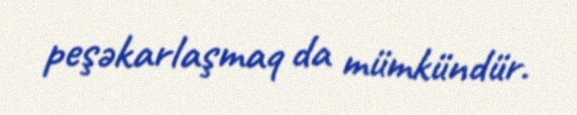
peşəkarlaşmaq da mümkündür.